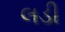
લડી